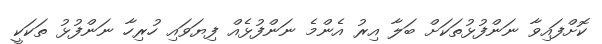
ކޮށްފައިވާ ނަންފުޅުތަކަށް ބަލާ އިރު އެންމެ ނަންފުޅެއް ފިޔަވައި ހުރިހާ ނަންފުޅު ތަކަކީ